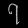
Digit: ၇